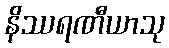
နိဿရဏီယာသု